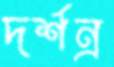
দর্শন্র